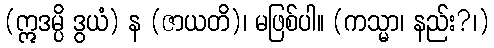
(ဣဒမ္ပိ ဒွယံ) န (ဇာယတိ)၊ မဖြစ်ပါ။ (ကသ္မာ၊ နည်း?၊)